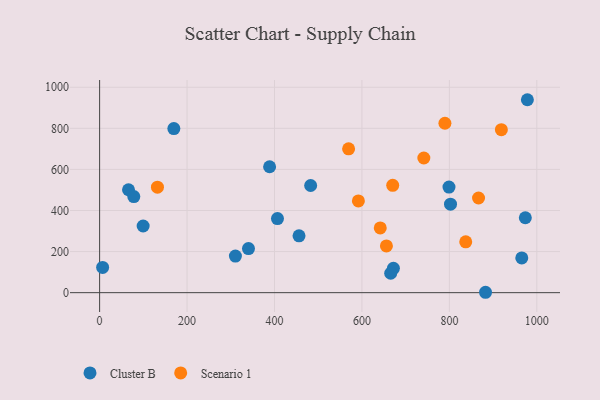
{"axis": {"x": "Investment", "y": "Rating"}, "legend": ["Cluster B", "Scenario 1"], "data": [{"x": "672.0", "y": 118.4, "type": "Cluster B"}, {"x": "456.1", "y": 276.5, "type": "Cluster B"}, {"x": "802.6", "y": 430.6, "type": "Cluster B"}, {"x": "882.7", "y": 1.9, "type": "Cluster B"}, {"x": "799.1", "y": 513.9, "type": "Cluster B"}, {"x": "965.6", "y": 169.1, "type": "Cluster B"}, {"x": "169.8", "y": 798.7, "type": "Cluster B"}, {"x": "66.1", "y": 501.0, "type": "Cluster B"}, {"x": "665.8", "y": 94.6, "type": "Cluster B"}, {"x": "406.8", "y": 360.9, "type": "Cluster B"}, {"x": "388.8", "y": 612.9, "type": "Cluster B"}, {"x": "310.6", "y": 178.0, "type": "Cluster B"}, {"x": "340.5", "y": 214.6, "type": "Cluster B"}, {"x": "6.9", "y": 122.9, "type": "Cluster B"}, {"x": "99.6", "y": 324.5, "type": "Cluster B"}, {"x": "978.4", "y": 939.3, "type": "Cluster B"}, {"x": "482.7", "y": 521.8, "type": "Cluster B"}, {"x": "973.7", "y": 364.8, "type": "Cluster B"}, {"x": "78.2", "y": 467.8, "type": "Cluster B"}, {"x": "789.8", "y": 824.8, "type": "Scenario 1"}, {"x": "670.4", "y": 522.5, "type": "Scenario 1"}, {"x": "866.7", "y": 460.9, "type": "Scenario 1"}, {"x": "837.4", "y": 247.3, "type": "Scenario 1"}, {"x": "641.9", "y": 315.4, "type": "Scenario 1"}, {"x": "132.3", "y": 513.4, "type": "Scenario 1"}, {"x": "741.6", "y": 655.5, "type": "Scenario 1"}, {"x": "918.9", "y": 793.3, "type": "Scenario 1"}, {"x": "591.9", "y": 446.6, "type": "Scenario 1"}, {"x": "656.0", "y": 227.6, "type": "Scenario 1"}, {"x": "569.5", "y": 700.4, "type": "Scenario 1"}]}